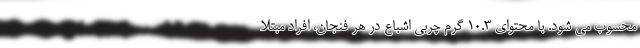
محسوب می شود. با محتوای 10.3 گرم چربی اشباع در هر فنجان، افراد مبتلا